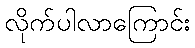
လိုက်ပါလာကြောင်း